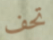
تحف